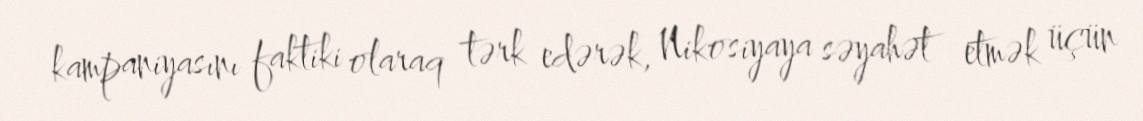
kampaniyasını faktiki olaraq tərk edərək, Nikosiyaya səyahət etmək üçün